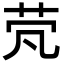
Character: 䒮